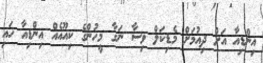
އިންޑިއާ އަށް ދިއުމަށް މެޑިކަލް ވިސާ ނަގާ މީހުންގެ ކިއޫއެއް އިންޑިއާ ހައި